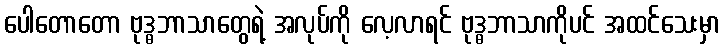
ပေါတောတော ဗုဒ္ဓဘာသာတွေရဲ့ အလုပ်ကို လေ့လာရင် ဗုဒ္ဓဘာသာကိုပင် အထင်သေးမှာ